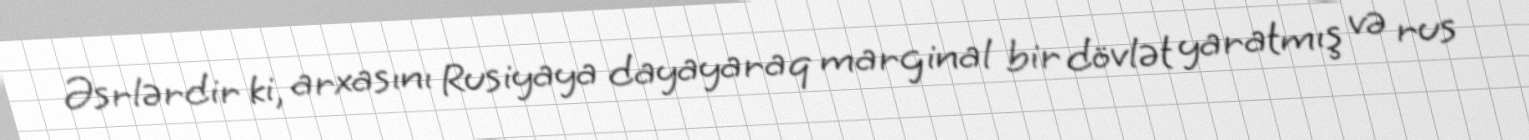
Əsrlərdir ki, arxasını Rusiyaya dayayaraq marginal bir dövlət yaratmış və rus